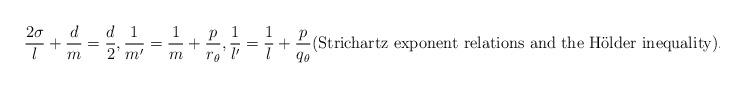
LaTeX: \begin{align*} \frac{2\sigma}{l}+\frac{d}{m}=\frac{d}{2}, \frac{1}{m'}=\frac{1}{m}+\frac{p}{r_{\theta}},\frac{1}{l'}=\frac{1}{l}+\frac{p}{q_{\theta}} \textmd{(Strichartz exponent relations and the H\"older inequality)}.\end{align*}